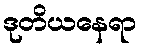
ဒုတိယနေရာ